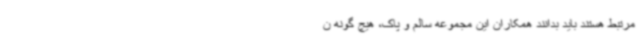
مرتبط هستند باید بدانند همکاران این مجموعه سالم و پاک، هیچ گونه ن